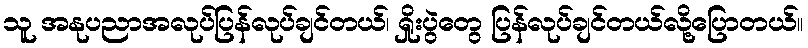
သူ အနုပညာအလုပ်ပြန်လုပ်ချင်တယ်၊ ရှိုးပွဲတွေ ပြန်လုပ်ချင်တယ်လို့ပြောတယ်။